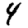
Digit: 4